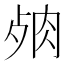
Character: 𦚛